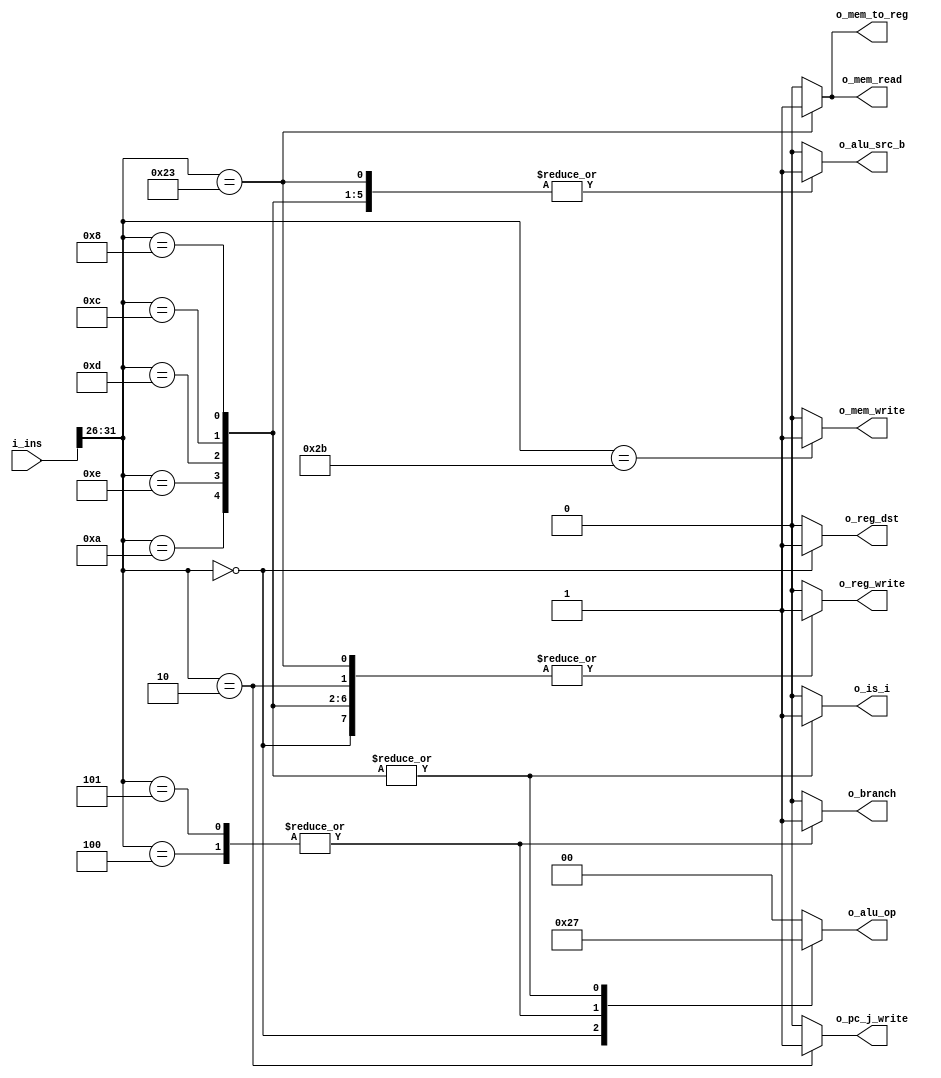
`timescale 1ns / 1ps
/* CPU Control Unit
 * For Pipelined CPU
 * =================
 */


module cpu_control(
    input       [31:0]  i_ins,
    output reg          o_reg_dst,
    output reg          o_reg_write,
    output reg  [1:0]   o_alu_op,
    output reg          o_alu_src_b,
    output reg          o_mem_to_reg,
    output reg          o_mem_write,
    output reg          o_mem_read,
    output reg          o_branch,
    output reg          o_is_i,
    output reg          o_pc_j_write        // write pc on j
    );

    /* triger control based on instrction */
    always @(*) begin
        o_pc_j_write = 0;
        case (i_ins[31:26])         // Check the first 6 bit
            6'b000000: begin
                /* R-Type */
                o_reg_dst = 1;
                o_alu_op = 2'b10;           // For R-Type
                o_alu_src_b = 0;
                o_branch = 0;
                o_mem_read = 0;
                o_mem_write = 0;
                o_reg_write = 1;
                o_mem_to_reg = 0;
                o_is_i = 0;
            end 
            6'b100011: begin
                /* lw */
                o_reg_dst = 0;
                o_alu_op = 2'b00;
                o_alu_src_b = 1;
                o_branch = 0;
                o_mem_read = 1;
                o_mem_write = 0;
                o_reg_write = 1;
                o_mem_to_reg = 1;
                o_is_i = 0;
            end
            6'b101011: begin
                /* sw */
                o_reg_dst = 0;
                o_alu_op = 2'b00;
                o_alu_src_b = 1;
                o_branch = 0;
                o_mem_read = 0;
                o_mem_write = 1;
                o_reg_write = 0;
                o_mem_to_reg = 0;
                o_is_i = 0;
            end 
            6'b000100: begin
                /* beq */
                o_reg_dst = 0;
                o_alu_op = 2'b01;
                o_alu_src_b = 0;
                o_branch = 1;
                o_mem_read = 0;
                o_mem_write = 0;
                o_reg_write = 0;
                o_mem_to_reg = 0;
                o_is_i = 0;
            end
            6'b000101: begin
                /* bne */
                o_reg_dst = 0;
                o_alu_op = 2'b01;
                o_alu_src_b = 0;
                o_branch = 1;
                o_mem_read = 0;
                o_mem_write = 0;
                o_reg_write = 0;
                o_mem_to_reg = 0;
                o_is_i = 0;
            end
            6'b001000, 6'b001100, 6'b001101, 6'b001110, 6'b001010: begin
                /* I-Type: addi, andi, ori, xori, slti */
                o_reg_dst = 0;
                o_alu_op = 2'b11;               // For I-Type
                o_alu_src_b = 1;                // Immediate
                o_branch = 0;
                o_mem_read = 0;
                o_mem_write = 0;
                o_reg_write = 1;
                o_mem_to_reg = 0;
                o_is_i = 1;
            end
            6'b000010: begin
                /* j-Type */
                o_pc_j_write = 1;
                o_reg_dst = 0;
                o_alu_op = 2'b00;
                o_alu_src_b = 0;
                o_branch = 0;
                o_mem_read = 0;
                o_mem_write = 0;
                o_reg_write = 1;
                o_mem_to_reg = 0;
                o_is_i = 0;
            end
            default: begin
                /* default */
                o_reg_dst = 0;
                o_alu_op = 2'b00;
                o_alu_src_b = 0;
                o_branch = 0;
                o_mem_read = 0;
                o_mem_write = 0;
                o_reg_write = 0;
                o_mem_to_reg = 0;
                o_is_i = 0;
            end
        endcase
    end
endmodule